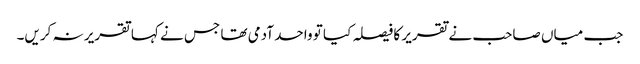
جب میاں صاحب نے تقریر کا فیصلہ کیا تو واحد آدمی تھا جس نے کہا تقریر نہ کریں۔